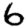
Digit: 6